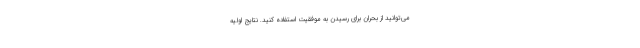
می‌توانید از بحران برای رسیدن به موفقیت استفاده کنید. نتایج اولیه